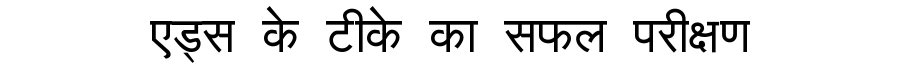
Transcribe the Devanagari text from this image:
एड्स के टीके का सफल परीक्षण